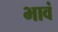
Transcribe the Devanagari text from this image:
भावं